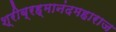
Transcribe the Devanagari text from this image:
श्रीब्रह्मानंदमहाराज